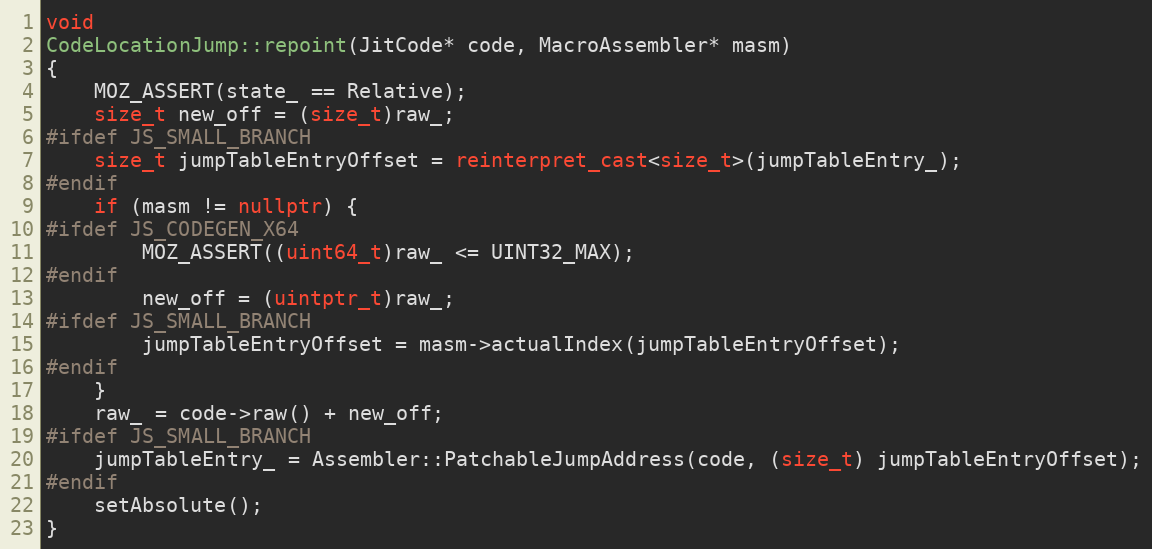
Language: C++
void
CodeLocationJump::repoint(JitCode* code, MacroAssembler* masm)
{
    MOZ_ASSERT(state_ == Relative);
    size_t new_off = (size_t)raw_;
#ifdef JS_SMALL_BRANCH
    size_t jumpTableEntryOffset = reinterpret_cast<size_t>(jumpTableEntry_);
#endif
    if (masm != nullptr) {
#ifdef JS_CODEGEN_X64
        MOZ_ASSERT((uint64_t)raw_ <= UINT32_MAX);
#endif
        new_off = (uintptr_t)raw_;
#ifdef JS_SMALL_BRANCH
        jumpTableEntryOffset = masm->actualIndex(jumpTableEntryOffset);
#endif
    }
    raw_ = code->raw() + new_off;
#ifdef JS_SMALL_BRANCH
    jumpTableEntry_ = Assembler::PatchableJumpAddress(code, (size_t) jumpTableEntryOffset);
#endif
    setAbsolute();
}